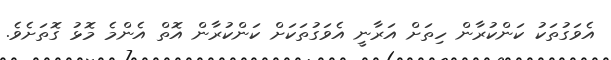
އެވަގުތަކު ކަންކުރާން ހިތަށް އަރާނީ އެވަގުތަކަށް ކަންކުރާން އޮތް އެންމެ މޮޅު ގޮތަށެވެ.